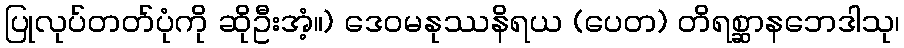
ပြုလုပ်တတ်ပုံကို ဆိုဦးအံ့။) ဒေဝမနုဿနိရယ (ပေတ) တိရစ္ဆာနဘေဒါသု၊